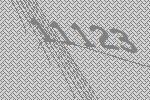
11123